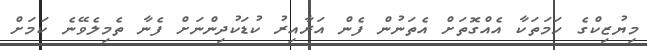
މިޔުޒިކްގެ ހަމަތަކާ އެއްގޮތަށް އެތަނުން ފެން އަރާއިރު ކުޑަކުދިންނަށް ފެނާ ތެމިލެވޭނެ ކަމަށް